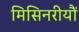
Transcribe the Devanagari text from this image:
मिसिनरीयौं